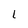
Character: l